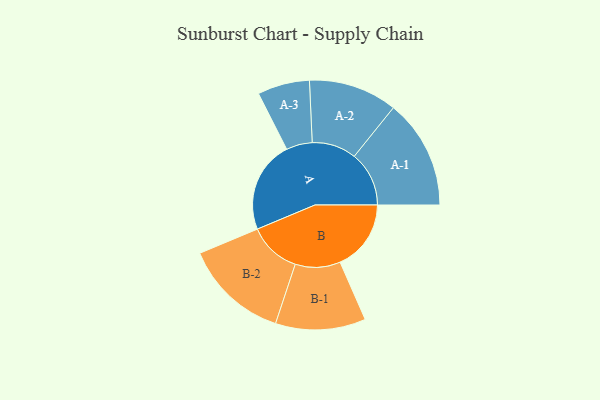
{"axis": {"x": "Segment", "y": "Value"}, "legend": ["", "A", "B"], "data": [{"x": "A", "y": 493, "type": ""}, {"x": "B", "y": 381, "type": ""}, {"x": "A-1", "y": 294, "type": "A"}, {"x": "A-2", "y": 238, "type": "A"}, {"x": "A-3", "y": 140, "type": "A"}, {"x": "B-1", "y": 242, "type": "B"}, {"x": "B-2", "y": 281, "type": "B"}]}